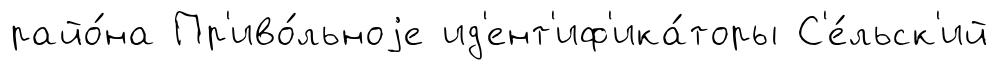
райо́на Пр'иво́льноjе ид'ент'иф'ика́торы С'е́льск'ий